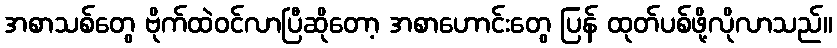
အစာသစ်တွေ ဗိုက်ထဲဝင်လာပြီဆိုတော့ အစာဟောင်းတွေ ပြန် ထုတ်ပစ်ဖို့လိုလာသည်။